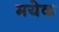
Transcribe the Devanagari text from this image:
मयेक